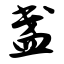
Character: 盏